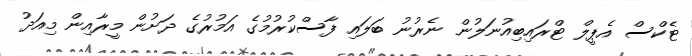
ޓެކްސް އެޕީލް ޓްރައިބިއުނަލުން ނެރުނު ބަލައި ފާސްކުރުމުގެ އަމުރުގެ ދަށުން މީރާއިން މިއަދު